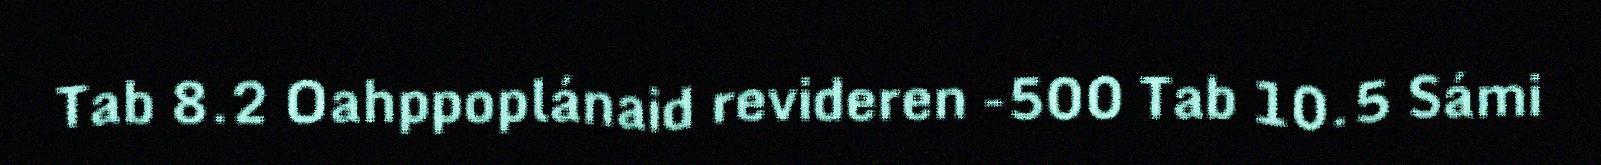
Tab 8.2 Oahppoplánaid revideren -500 Tab 10.5 Sámi